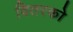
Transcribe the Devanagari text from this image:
वितरको